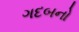
ગદબનો